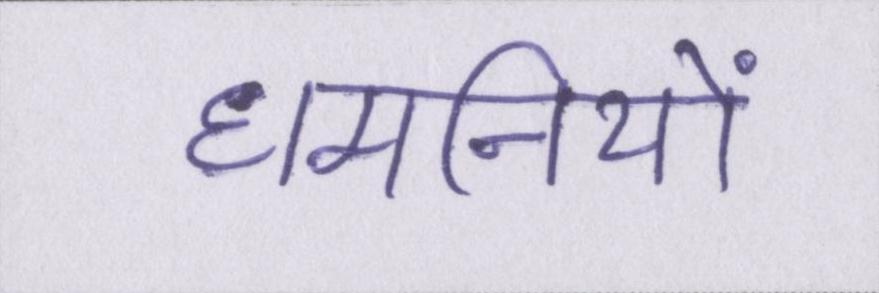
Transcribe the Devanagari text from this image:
धमनियों